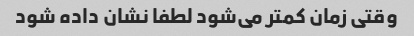
وقتی زمان کمتر می‌شود لطفا نشان داده شود